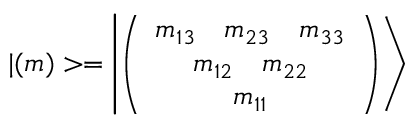
| ( m ) > = \left| \left( \begin{array} { c } { { m _ { 1 3 } ~ ~ ~ m _ { 2 3 } ~ ~ ~ m _ { 3 3 } } } \\ { { m _ { 1 2 } ~ ~ ~ m _ { 2 2 } } } \\ { { m _ { 1 1 } } } \end{array} \right) \right>